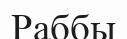
Раббы